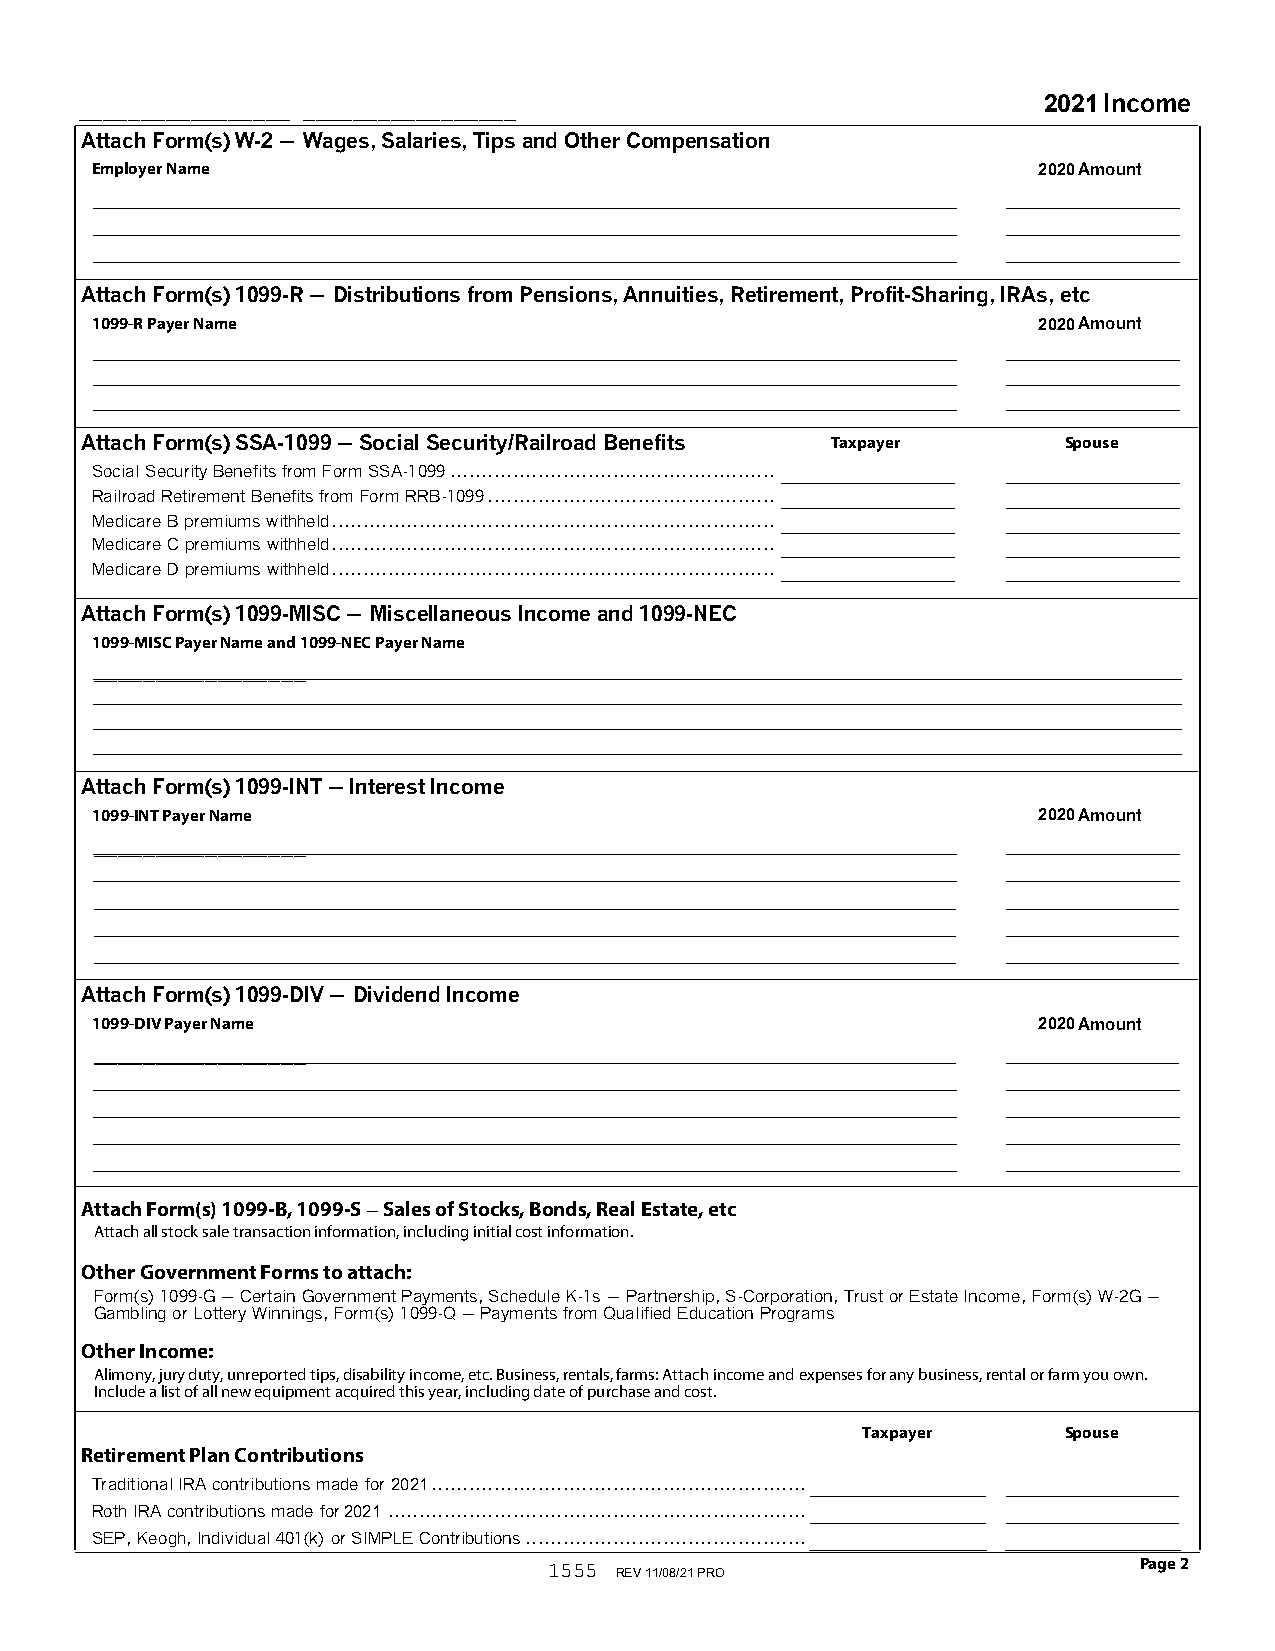
_________________ _________________                             2 0 2 1 Income
 Attach Form(s) W-2 ' Wages, Salaries, Tips and Other Compensation
 Employer Name                                                  2 0 2 0 Amount
 Attach Form(s) 1099-R ' Distributions from Pensions, Annuities, Retirement, Profit-Sharing, IRAs, etc
 1099-R Payer Name                                              2 0 2 0 Amount
 Attach Form(s) SSA-1099 ' Social Security/Railroad Benefits Taxpayer Spouse
 Social Security Benefits from Form SSA-1099....................................................
 Railroad Retirement Benefits from Form RRB-1099..............................................
 Medicare B premiums withheld.......................................................................
 Medicare C premiums withheld.......................................................................
 Medicare D premiums withheld.......................................................................
 Attach Form(s) 1099-MISC ' Miscellaneous Income and 1099-NEC
 1099-MISC Payer Name and 1099-NEC Payer Name
 _________________
 Attach Form(s) 1099-INT ' Interest Income
 1099-INT Payer Name                                            2 0 2 0 Amount
 _________________
 Attach Form(s) 1099-DIV ' Dividend Income
 1099-DIV Payer Name                                            2 0 2 0 Amount
 _________________
 Attach Form(s) 1099-B, 1099-S ' Sales of Stocks, Bonds, Real Estate, etc
 Attach all stock sale transaction information, including initial cost information.
 Other Government Forms to attach:
 Form(s) 1099-G ' Certain Government Payments, Schedule K-1s ' Partnership, S-Corporation, Trust or Estate Income, Form(s) W-2G '
 Gambling or Lottery Winnings, Form(s) 1099-Q ' Payments from Qualified Education Programs
 Other Income:
 Alimony, jury duty, unreported tips, disability income, etc. Business, rentals, farms: Attach income and expenses for any business, rental or farm you own.
 Include a list of all new equipment acquired this year, including date of purchase and cost.
 Taxpayer     Spouse
 Retirement Plan Contributions
 Traditional IRA contributions made for 2 0 2 1 ............................................................
 Roth IRA contributions made for 2 0 2 1 ...................................................................
 SEP, Keogh, Individual 401(k) or SIMPLE Contributions.............................................
 1555                                   Page 2
 REV 11/08/21 PRO